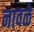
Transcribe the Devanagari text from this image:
नावळे